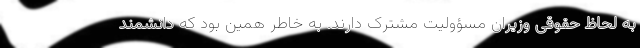
به لحاظ حقوقی وزیران مسؤولیت مشترک دارند. به خاطر همین بود که دانشمند